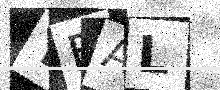
Text: YFAL